Senior Leaving Certificate Examination (including Day School Certificate (Higher) General paper), 1946
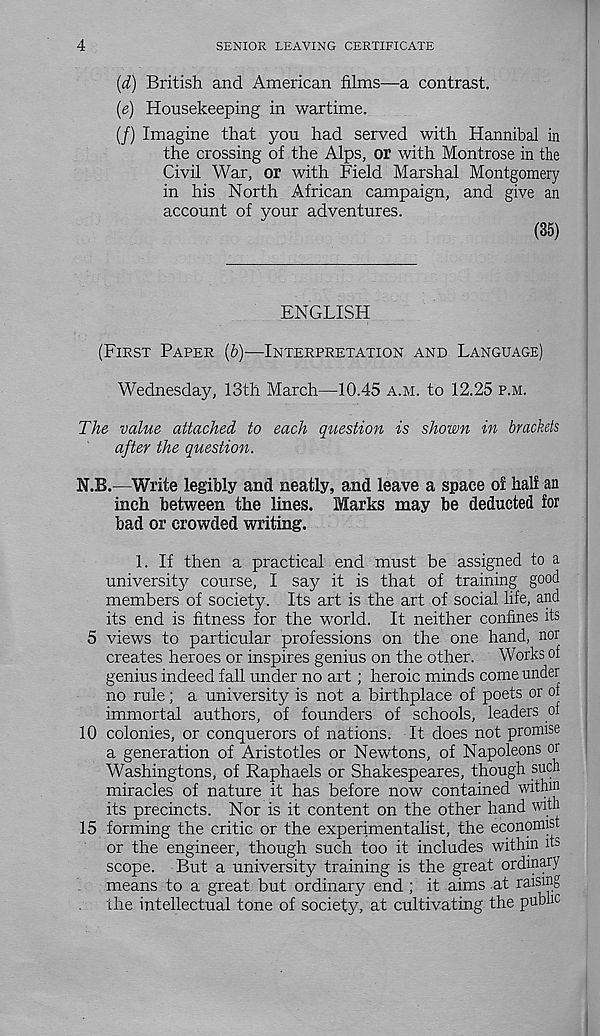
4
SENIOR LEAVING CERTIFICATE
(d) British and American films—a contrast.
{e) Housekeeping in wartime.
(/) Imagine that you had served with Hannibal in
the crossing of the Alps, or with Montrose in the
Civil War, or with Field Marshal Montgomery
in his North African campaign, and give an
account of your adventures.
(35)
ENGLISH
(FIRST PAPER (b)—INTERPRETATION AND LANGUAGE)
Wednesday, 13th March—10.45 A.M. to 12.25 P.M.
The value attached to each question is shown in brackets
after the question.
N.B.—Write legibly and neatly, and leave a space of half an
inch between the lines. Marks may be deducted for
bad or crowded writing.
1. If then a practical end must be assigned to a
university course, I say it is that of training good
members of society. Its art is the art of social life, and
its end is fitness for the w r orld. It neither confines its
5 views to particular professions on the one hand, nor
creates heroes or inspires genius on the other.
Works of
genius indeed fall under no art; heroic minds come under
no rule; a university is not a birthplace of poets or of
immortal authors, of founders of schools, leaders of
10 colonies, or conquerors of nations. It does not promise
a generation of Aristotles or Newtons, of Napoleons or
Washingtons, of Raphaels or Shakespeares, though such
miracles of nature it has before now contained within
its precincts. Nor is it content on the other hand with
15 forming the critic or the experimentalist, the economist
or the engineer, though such too it includes within its
scope. But a university training is the great ordinary
means to a great but ordinary end ; it aims at raising
the intellectual tone of society, at cultivating the public